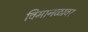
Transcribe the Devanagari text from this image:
विमानळावर